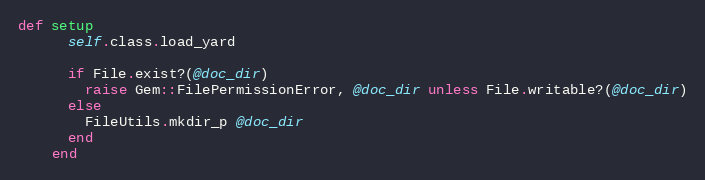
Language: Ruby
def setup
      self.class.load_yard

      if File.exist?(@doc_dir)
        raise Gem::FilePermissionError, @doc_dir unless File.writable?(@doc_dir)
      else
        FileUtils.mkdir_p @doc_dir
      end
    end